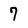
Character: 7